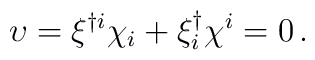
\upsilon =  \xi ^{\dagger i}\chi _i+\xi^\dagger_{ i}\chi ^i=0 \,.